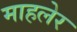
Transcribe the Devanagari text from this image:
माहलेर